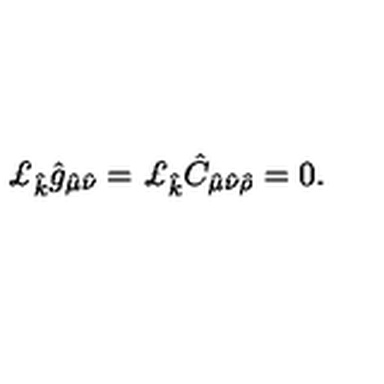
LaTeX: \pounds _ { \hat { k } } \hat { g } _ { \hat { \mu } \hat { \nu } } = \pounds _ { \hat { k } } \hat { C } _ { \hat { \mu } \hat { \nu } \hat { \rho } } = 0 .